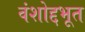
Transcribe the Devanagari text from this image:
वंशोद्दभूत